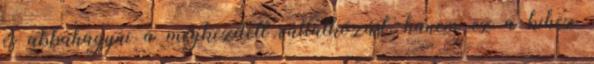
és abbahagyni a megkezdett vállalkozást, hanem ez a kihez